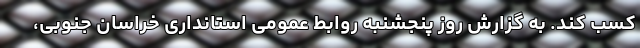
کسب کند. به گزارش روز پنجشنبه روابط عمومی استانداری خراسان جنوبی،